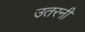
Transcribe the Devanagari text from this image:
उतरनी